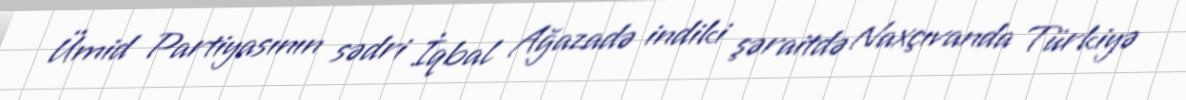
Ümid Partiyasının sədri İqbal Ağazadə indiki şəraitdə Naxçıvanda Türkiyə